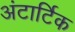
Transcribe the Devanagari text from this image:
अंटार्टिक